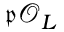
{ \mathfrak { p } } { \mathcal { O } } _ { L }